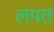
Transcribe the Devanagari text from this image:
लपत